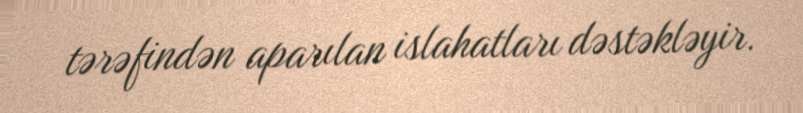
tərəfindən aparılan islahatları dəstəkləyir.